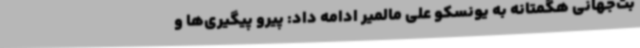
بت‌جهانی هگمتانه به یونسکو علی مالمیر ادامه داد: پیرو پیگیری‌ها و